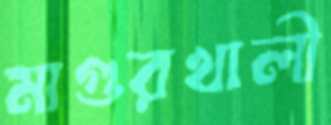
মাগুরখালী